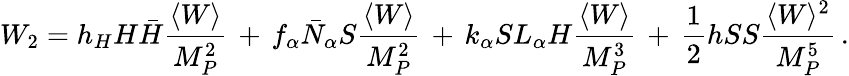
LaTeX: W_{2}=h_{H}H\bar{H}\frac{\langle W\rangle}{M_{P}^{2}}\, +\, f_{\alpha}\bar{N}_{\alpha}S\frac{\langle W\rangle}{M_{P}^{2}}\, +\, k_{\alpha}SL_{\alpha}H\frac{\langle W\rangle}{M_{P}^{3}}\, +\, \frac{1}{2}hSS\frac{\langle W\rangle^{2}}{M_{P}^{5}}\, .